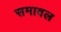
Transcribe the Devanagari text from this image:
समावल